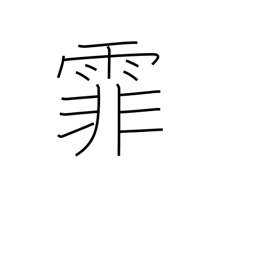
Meaning: falling rain or snow